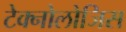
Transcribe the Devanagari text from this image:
टेक्नोलोजिस